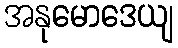
အနုမောဒေယျ